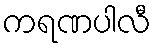
ကရဏပါလီ